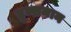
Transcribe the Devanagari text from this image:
हूब्शमान